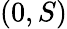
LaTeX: (0,S)